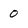
Character: 0